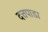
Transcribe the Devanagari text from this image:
दत्तपाडा